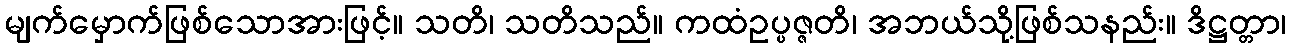
မျက်မှောက်ဖြစ်သောအားဖြင့်။ သတိ၊ သတိသည်။ ကထံဥပ္ပဇ္ဇတိ၊ အဘယ်သို့ဖြစ်သနည်း။ ဒိဋ္ဌတ္တာ၊